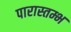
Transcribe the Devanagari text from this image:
पारास्तम्भ